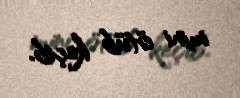
mini ötüb keçib.